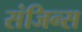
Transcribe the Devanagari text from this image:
संजिन्स